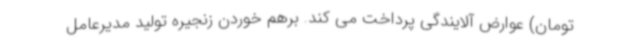
تومان) عوارض آلایندگی پرداخت می کند. برهم خوردن زنجیره تولید مدیرعامل